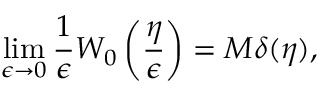
\operatorname* { l i m } _ { \epsilon \to 0 } \frac { 1 } { \epsilon } W _ { 0 } \left( \frac { \eta } { \epsilon } \right) = M \delta ( \eta ) ,